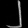
Digit: ၂